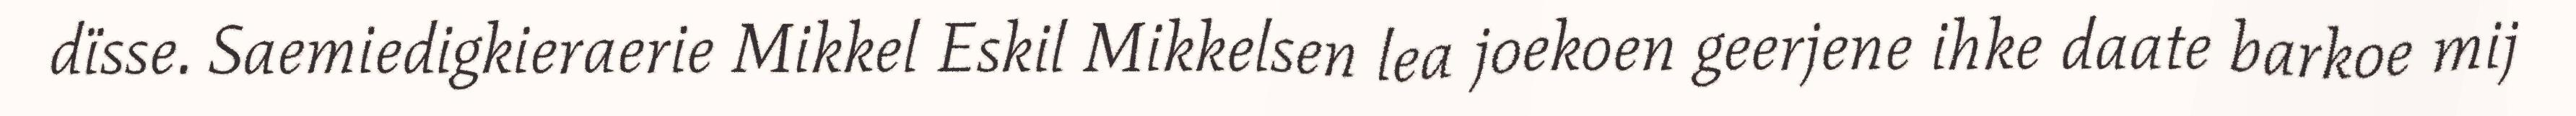
dïsse. Saemiedigkieraerie Mikkel Eskil Mikkelsen lea joekoen geerjene ihke daate barkoe mij